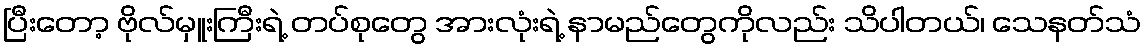
ပြီးတော့ ဗိုလ်မှူးကြီးရဲ့ တပ်စုတွေ အားလုံးရဲ့ နာမည်တွေကိုလည်း သိပါတယ်၊ သေနတ်သံ